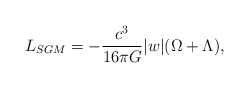
\begin{align*}L_{SGM}=-{c^{3} \over 16{\pi}G}\vert w \vert(\Omega + \Lambda ), \end{align*}